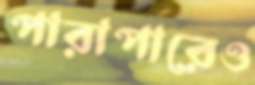
পারাপারেও